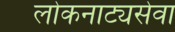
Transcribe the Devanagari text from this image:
लोकनाट्यसेवा